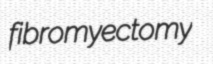
fibromyectomy